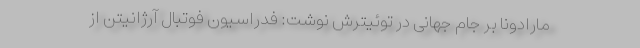
مارادونا بر جام جهانی در توئیترش نوشت: فدراسیون فوتبال آرژانیتن از